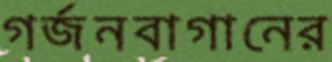
গর্জনবাগানের